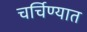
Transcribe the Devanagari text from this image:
चर्चिण्यात